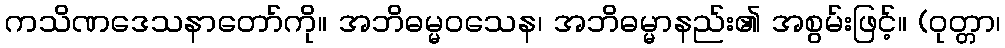
ကသိဏဒေသနာတော်ကို။ အဘိဓမ္မဝသေန၊ အဘိဓမ္မာနည်း၏ အစွမ်းဖြင့်။ (ဝုတ္တာ၊